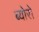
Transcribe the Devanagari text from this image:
ब्योरो